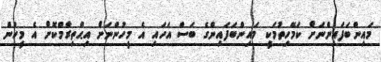
މައިންބަފައިންނަށް ކަމޭހިތުމަކީ މައިންބަފައިންގެ ބަސް އަހައި އެ މީހުންނަށް އިޙްތިރާމްކޮށް އެ މީހުން